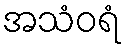
အသံဝရံ